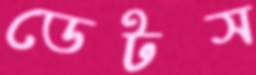
ডেটস